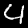
Label: 4